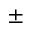
^ { \pm }